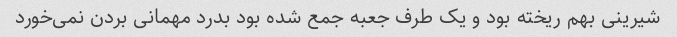
شیرینی بهم ریخته بود و یک طرف جعبه جمع شده بود بدرد مهمانی بردن نمی‌خورد